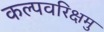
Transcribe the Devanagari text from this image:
कल्पवरिक्षमु